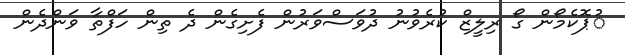
ުޕޮކެމޯން ގޯ ރިލީޒް ކުރެވުނު ދުވަސްވަރުން ފެށިގެން ދެ ތިން ހަފްތާ ވަންދެން